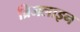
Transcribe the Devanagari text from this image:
ब्रिजलाइन